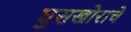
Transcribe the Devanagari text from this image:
घुसखोराचे